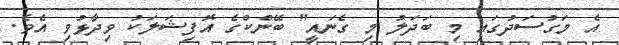
އެ މަގުސަދުގައި މި ބަދަލު މި ގެނައީ" ބޭންކްގެ އޮފިޝަލަކު ވިދާޅުވި އެވެ.